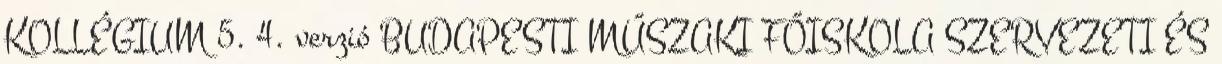
KOLLÉGIUM 5. 4. verzió BUDAPESTI MŰSZAKI FŐISKOLA SZERVEZETI ÉS